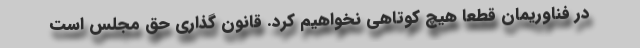
در فناوریمان قطعا هیچ کوتاهی نخواهیم کرد. قانون گذاری حق مجلس است